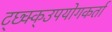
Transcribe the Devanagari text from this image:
ट्छ्क्क्उपयोगकर्ता